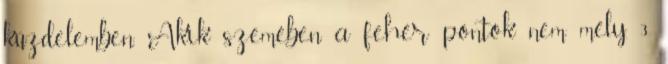
küzdelemben. Akik szemében a fehér pontok nem mély. 3